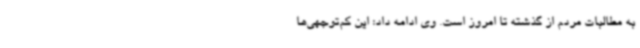
به مطالبات مردم از گذشته تا امروز است. وی ادامه داد: این کم‌توجهی‌ها